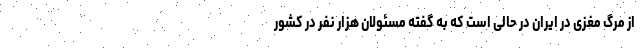
از مرگ مغزی در ایران در حالی است که به گفته مسئولان هزار نفر در کشور